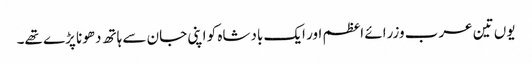
یوں تین عرب وزرائے اعظم اور ایک بادشاہ کو اپنی جان سے ہاتھ دھونا پڑے تھے۔